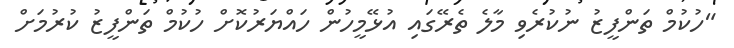
"ހުކުމް ތަންފީޒު ނުކުރެވި މާލެ ތެރޭގައި އުޅޭމީހުން ހައްޔަރުކޮށް ހުކުމް ތަންފީޒު ކުރުމަށް